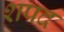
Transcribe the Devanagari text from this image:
शपद